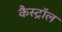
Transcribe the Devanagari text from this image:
कैस्ट्रॉल